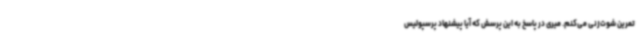
تمرین شوت‌زنی می‌کنم. میری در پاسخ به این پرسش که آیا پیشنهاد پرسپولیس